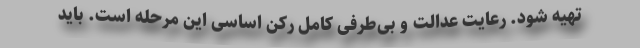
تهیه شود. رعایت عدالت و بی‌طرفی کامل رکن اساسی این مرحله است. باید